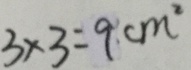
3 \times 3 = 9 c m ^ { 2 }